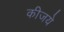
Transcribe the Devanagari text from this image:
कीजये